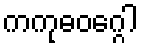
ကကုဓဝဂ္ဂေါ